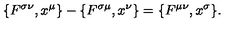
\{ F ^ { \sigma \nu } , x ^ { \mu } \} - \{ F ^ { \sigma \mu } , x ^ { \nu } \} = \{ F ^ { \mu \nu } , x ^ { \sigma } \} .